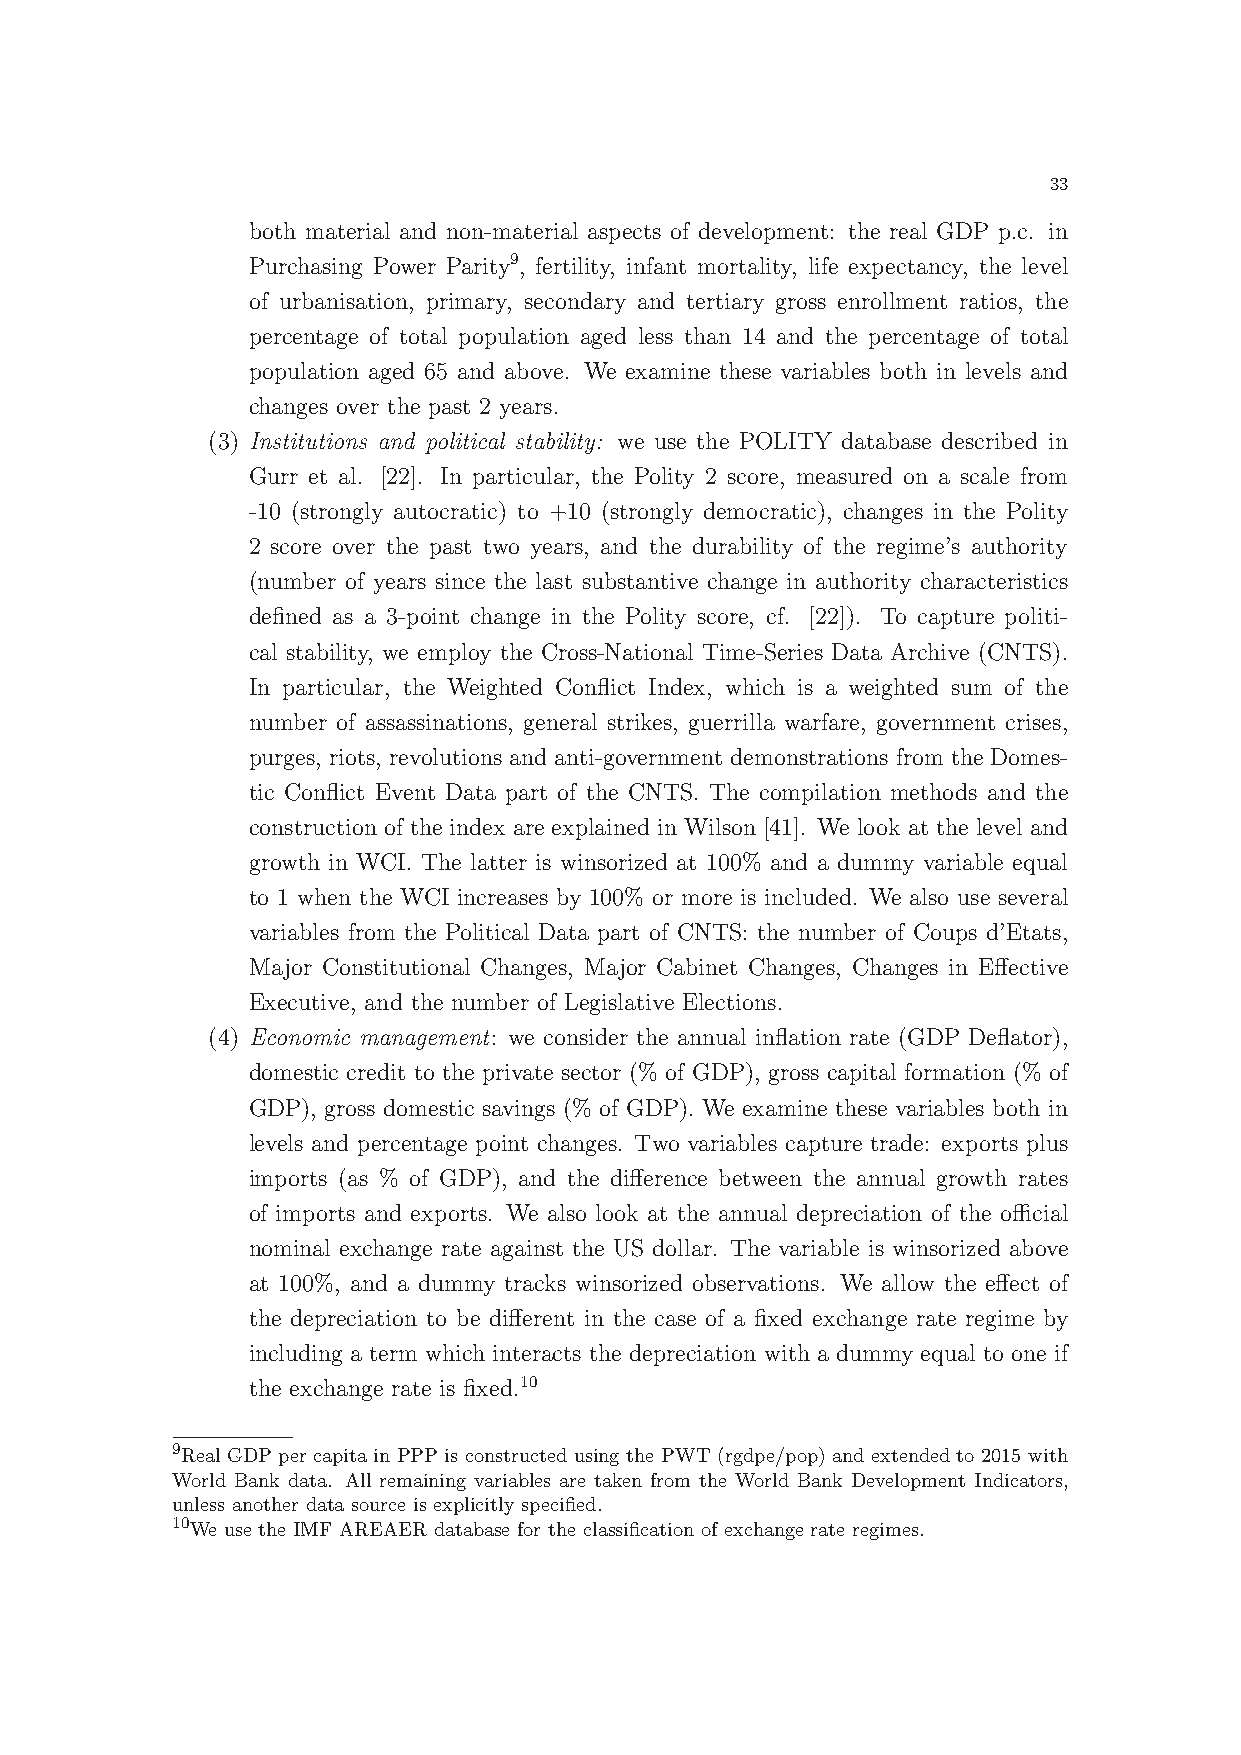
33
 both material and non-material aspects of development: the real GDP p.c. in
 Purchasing Power Parity9, fertility, infant mortality, life expectancy, the level
 of urbanisation, primary, secondary and tertiary gross enrollment ratios, the
 percentage of total population aged less than 14 and the percentage of total
 population aged 65 and above. We examine these variables both in levels and
 changes over the past 2 years.
 (3) Institutions and political stability: we use the POLITY database described in
 Gurr et al. [22]. In particular, the Polity 2 score, measured on a scale from
 -10 (strongly autocratic) to +10 (strongly democratic), changes in the Polity
 2 score over the past two years, and the durability of the regime’s authority
 (number of years since the last substantive change in authority characteristics
 defined as a 3-point change in the Polity score, cf. [22]). To capture politi-
 cal stability, we employ the Cross-National Time-Series Data Archive (CNTS).
 In particular, the Weighted Conflict Index, which is a weighted sum of the
 number of assassinations, general strikes, guerrilla warfare, government crises,
 purges, riots, revolutions and anti-government demonstrations from the Domes-
 tic Conflict Event Data part of the CNTS. The compilation methods and the
 construction of the index are explained in Wilson [41]. We look at the level and
 growth in WCI. The latter is winsorized at 100% and a dummy variable equal
 to 1 when the WCI increases by 100% or more is included. We also use several
 variables from the Political Data part of CNTS: the number of Coups d’Etats,
 Major Constitutional Changes, Major Cabinet Changes, Changes in Effective
 Executive, and the number of Legislative Elections.
 (4) Economic management: we consider the annual inflation rate (GDP Deflator),
 domestic credit to the private sector (% of GDP), gross capital formation (% of
 GDP), gross domestic savings (% of GDP). We examine these variables both in
 levels and percentage point changes. Two variables capture trade: exports plus
 imports (as % of GDP), and the difference between the annual growth rates
 of imports and exports. We also look at the annual depreciation of the official
 nominal exchange rate against the US dollar. The variable is winsorized above
 at 100%, and a dummy tracks winsorized observations. We allow the effect of
 the depreciation to be different in the case of a fixed exchange rate regime by
 including a term which interacts the depreciation with a dummy equal to one if
 the exchange rate is fixed.10
 9
 Real GDP per capita in PPP is constructed using the PWT (rgdpe/pop) and extended to 2015 with
 World Bank data. All remaining variables are taken from the World Bank Development Indicators,
 unless another data source is explicitly specified.
 10
 We use the IMF AREAER database for the classification of exchange rate regimes.